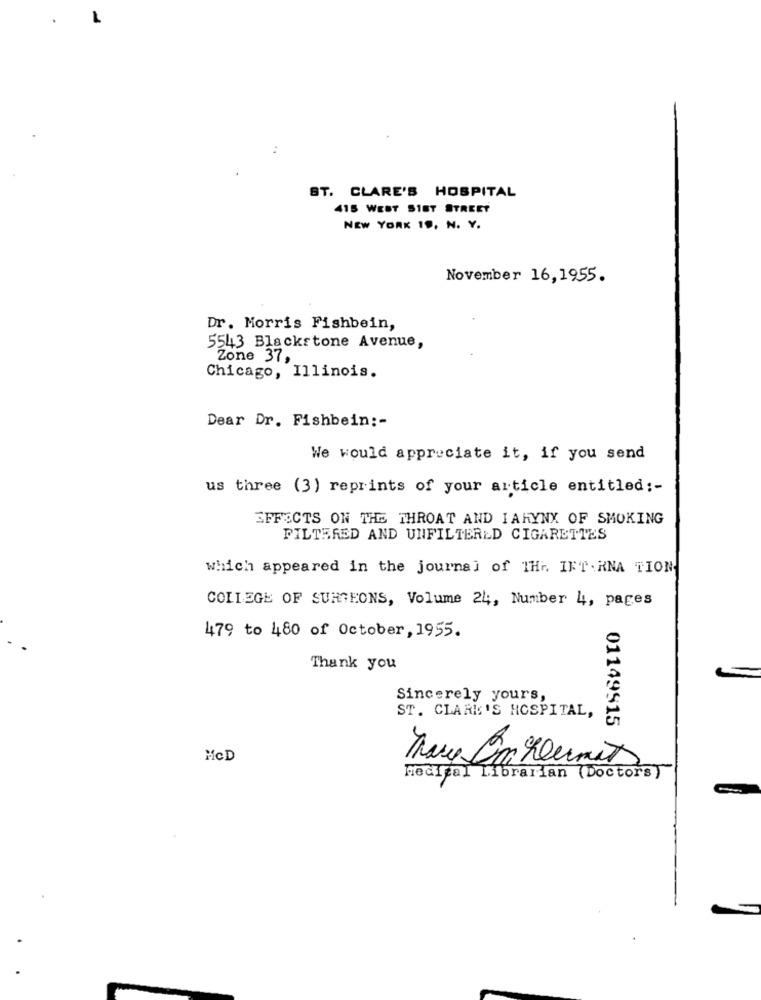
..
ST. CLARE'S HOSPITAL
415 WEST SIST STREET
NEW YORK 19, N. Y.
November 16,1955.
Dr. Morris Fishbein,
5543 Blackstone Avenue,
Zone 37,
Chicago, Illinois.
Dear Dr. Fishbein :-
We would appreciate it, if you send
us three (3) reprints of your article entitled ;-
EFFECTS ON THE THROAT AND IARYNX OF SMOKING
FILTERED AND UNFILTERED CIGARETTES
which appeared in the journal of THr. IFT. RNA TION
COLLEGE OF SURGEONS, Volume 24, Number 4, pages
479 to 480 of October, 1955.
Thank you
Sincerely yours,
ST. CLARK'S HOSPITAL,
01149915
MCD
Medical Librarian (Doctors)